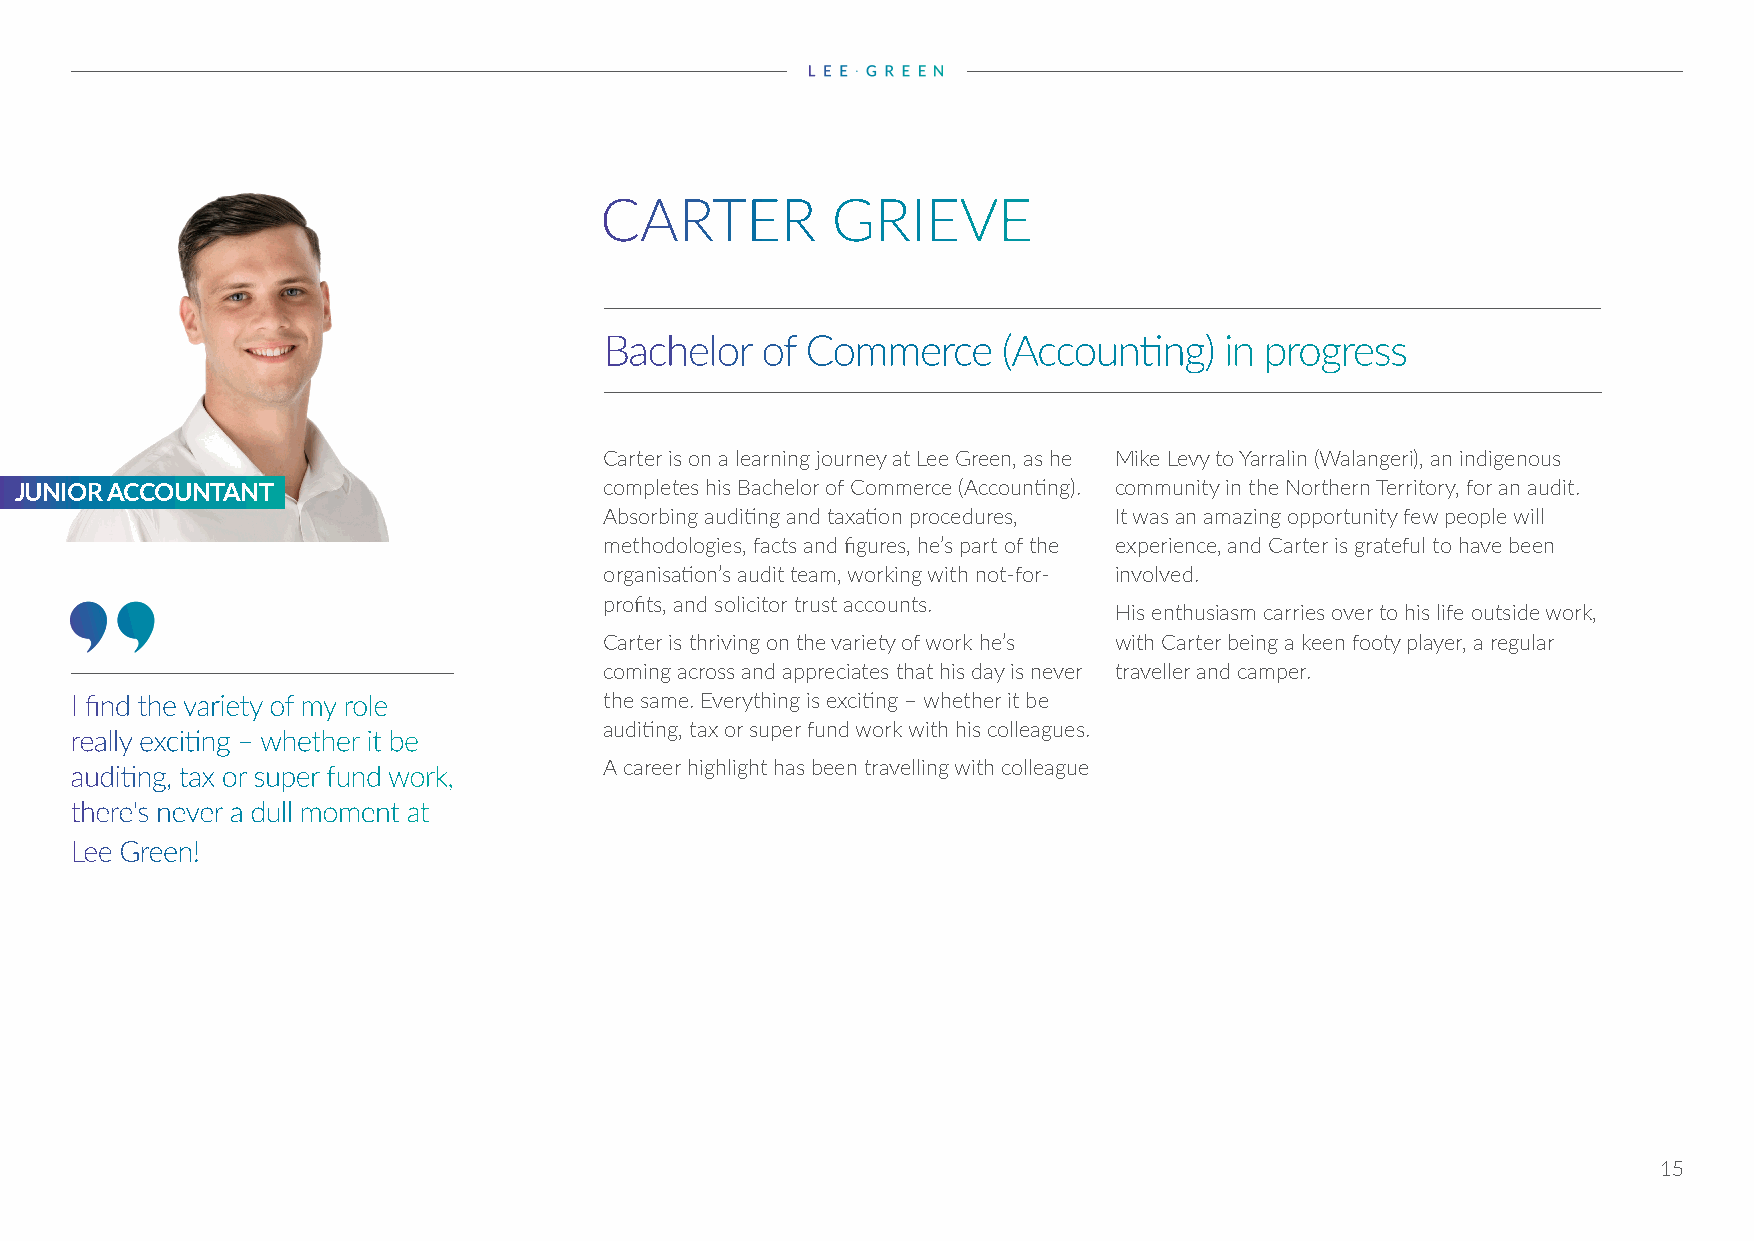
STRATEGIC ACCOUNTANTS
 CARTER         GRIEVE
 Bachelor  of Commerce     (Accounting)   in progress
 Carter is on a learning journey at Lee Green, as he Mike Levy to Yarralin (Walangeri), an indigenous
 JUNIOR ACCOUNTANT                      completes his Bachelor of Commerce (Accounting). community in the Northern Territory, for an audit.
 Absorbing auditing and taxation procedures, It was an amazing opportunity few people will
 methodologies, facts and figures, he’s part of the experience, and Carter is grateful to have been
 organisation’s audit team, working with not-for- involved.
 profits, and solicitor trust accounts.
 His enthusiasm carries over to his life outside work,
 Carter is thriving on the variety of work he’s with Carter being a keen footy player, a regular
 coming across and appreciates that his day is never traveller and camper.
 I find the variety of my role      the same. Everything is exciting – whether it be
 auditing, tax or super fund work with his colleagues.
 really exciting – whether it be
 auditing, tax or super fund work,  A career highlight has been travelling with colleague
 there's never a dull moment at
 Lee Green!
 15